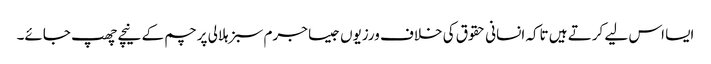
ایسا اس لیے کرتے ہیں تاکہ انسانی حقوق کی خلاف ورزیوں جیسا جرم سبز ہلالی پرچم کے نیچے چھپ جائے۔